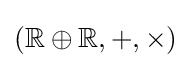
(\mathbb {R} \oplus \mathbb {R} ,+,\times )